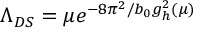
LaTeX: \Lambda _ { D S } = \mu e ^ { - 8 \pi ^ { 2 } / b _ { 0 } g _ { h } ^ { 2 } ( \mu ) }